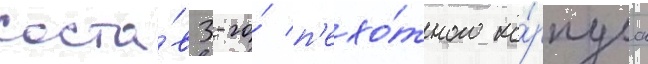
соста́в 3-го́ п'ехо́тного ко́рпуса